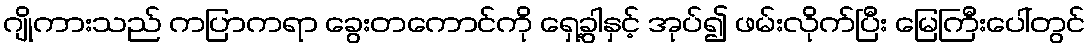
ဂျိုကားသည် ကပြာကရာ ခွေးတကောင်ကို ရှေ့ခွါနှင့် အုပ်၍ ဖမ်းလိုက်ပြီး မြေကြီးပေါ်တွင်